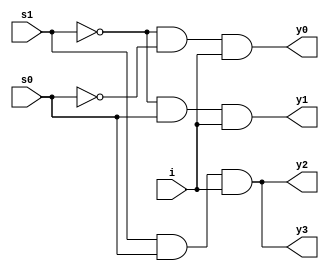
// Code your design here
module d_mux_1x4(input i, s1,s0, output y0,y1,y2,y3);
  
  assign y0 = ~s1 & ~s0 & i;
  assign y1 = ~s1 & s0 & i;
  assign y2 = s1 & s0 & i;
  assign y3 = s1 & s0 & i;

endmodule